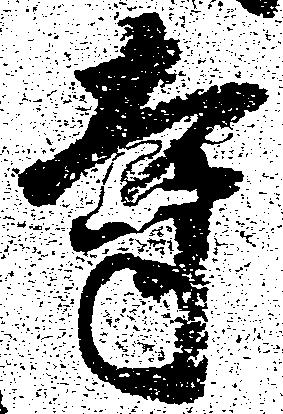
寺